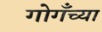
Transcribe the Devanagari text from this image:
गोगँच्या